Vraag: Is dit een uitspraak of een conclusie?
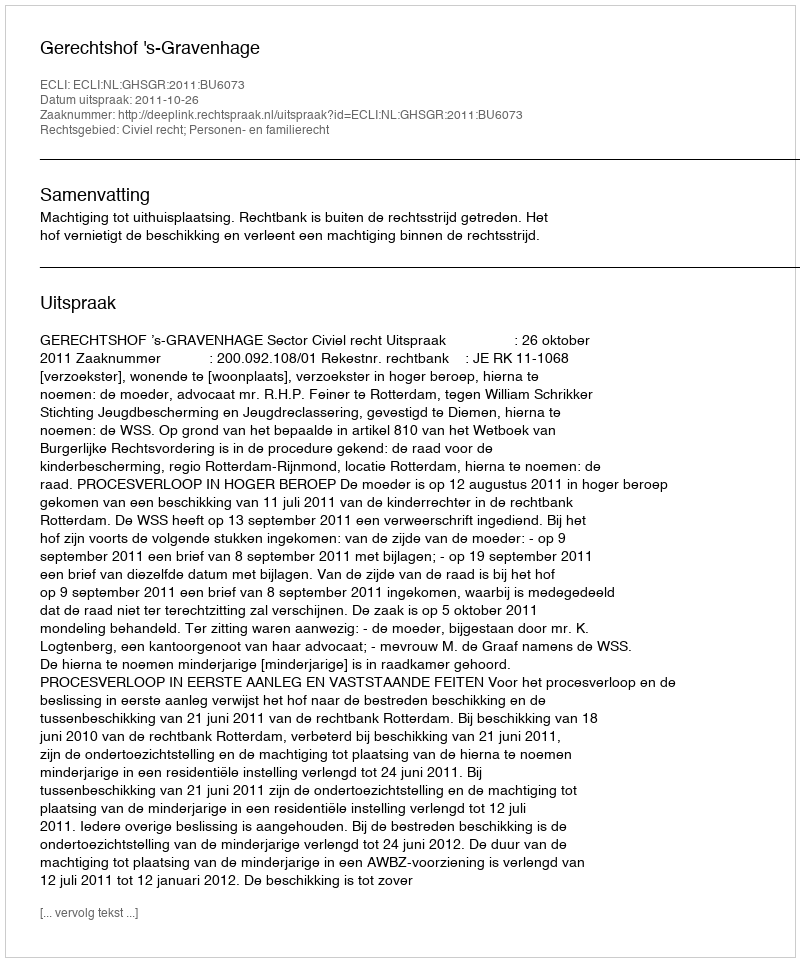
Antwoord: Uitspraak